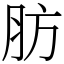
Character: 肪